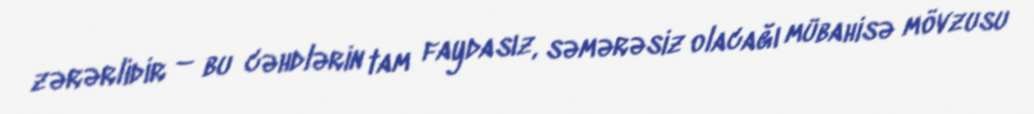
zərərlidir – bu cəhdlərin tam faydasız, səmərəsiz olacağı mübahisə mövzusu